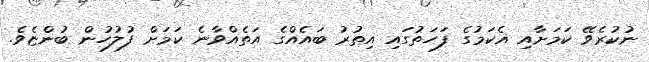
ނުކުރެވޭ ކަމަށާއި އެކަމުގެ ފަހަތުގައި އިތުރު ބައެއްގެ އަތެއްވާނެ ކަމަށް ފުލުހުން ބުންޏެވެ.